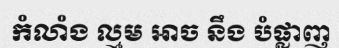
កំលាំង ល្មម ឤច នឹង បំផ្លាញ